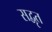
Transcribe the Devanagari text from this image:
सद्वृत